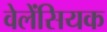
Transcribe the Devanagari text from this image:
वेलेंसियक